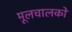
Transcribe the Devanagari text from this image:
मूलचालकों